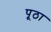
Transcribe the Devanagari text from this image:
पूठा